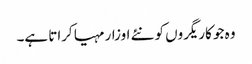
وہ جو کاریگروں کو نئے اوزار مہیا کراتا ہے۔